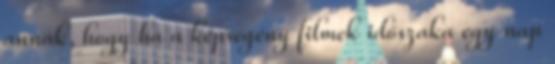
annak, hogy ha a képregény filmek időszaka egy nap